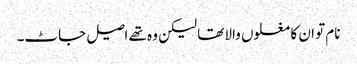
نام تو ان کا مغلوں والا تھا لیکن وہ تھے اصیل جاٹ۔